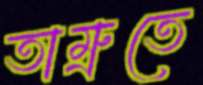
তাম্রুতে